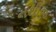
નથીજ